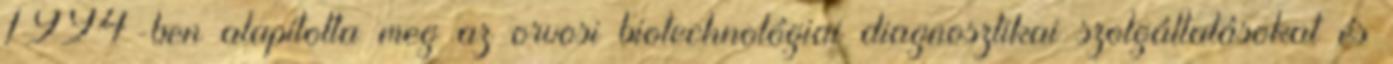
1994-ben alapította meg az orvosi biotechnológiai diagnosztikai szolgáltatásokat és